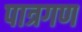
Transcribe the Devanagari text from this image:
पात्रगण